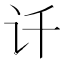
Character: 𰵋